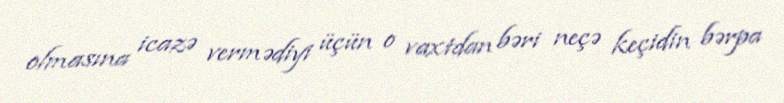
olmasına icazə vermədiyi üçün o vaxtdan bəri neçə keçidin bərpa